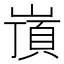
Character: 嵿